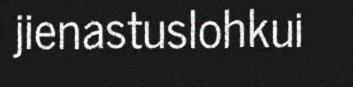
jienastuslohkui